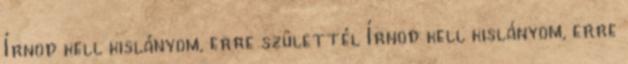
Írnod kell kislányom, erre születtél Írnod kell kislányom, erre